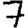
Digit: 7